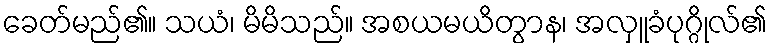
ခေတ်မည်၏။ သယံ၊ မိမိသည်။ အစယမယိတွာန၊ အလှူခံပုဂ္ဂိုလ်၏